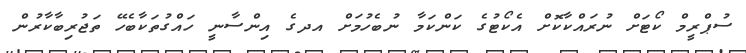
ސުޕްރީމް ކޯޓަށް ނުރައްކާކޮށް އެކޯޓުގެ ކަންކަމާ ނުބެހުމަށް އދގެ އިންސާނީ ހައްގުތަކާބެހޭ ތަޖުރިބާކާރުން